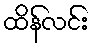
ထိန်လင်း